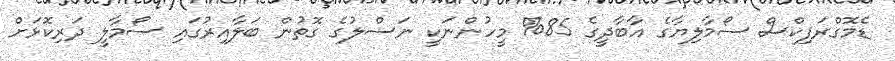
ޑެމޮގްރަފިކްސް ސޯމާލިޔާގެ އާބާދީގެ 85% މީހުންނަކީ ނަސްލުގެ ގޮތުން ބަލާއިރުގައި ސޯމާލީ ދަރިކޮޅަށް